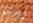
روري